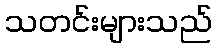
သတင်းများသည်